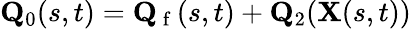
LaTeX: \mathbf{Q}_{0}(s,t)=\mathbf{Q}_{\mathrm{~f~}}(s,t)+\mathbf{Q}_{2}(\mathbf{X}(s,t))